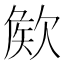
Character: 𣣡